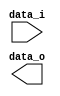
module Shift_Left_One_64(
    data_i,
    data_o
    );

//I/O ports                    
input [64-1:0] data_i;
output [64-1:0] data_o;

//shift left 1
		
endmodule